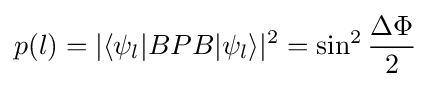
p(l)=|\langle \psi _{l}|BPB|\psi _{l}\rangle |^{2}=\sin ^{2}{\frac {\Delta \Phi }{2}}